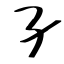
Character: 孑